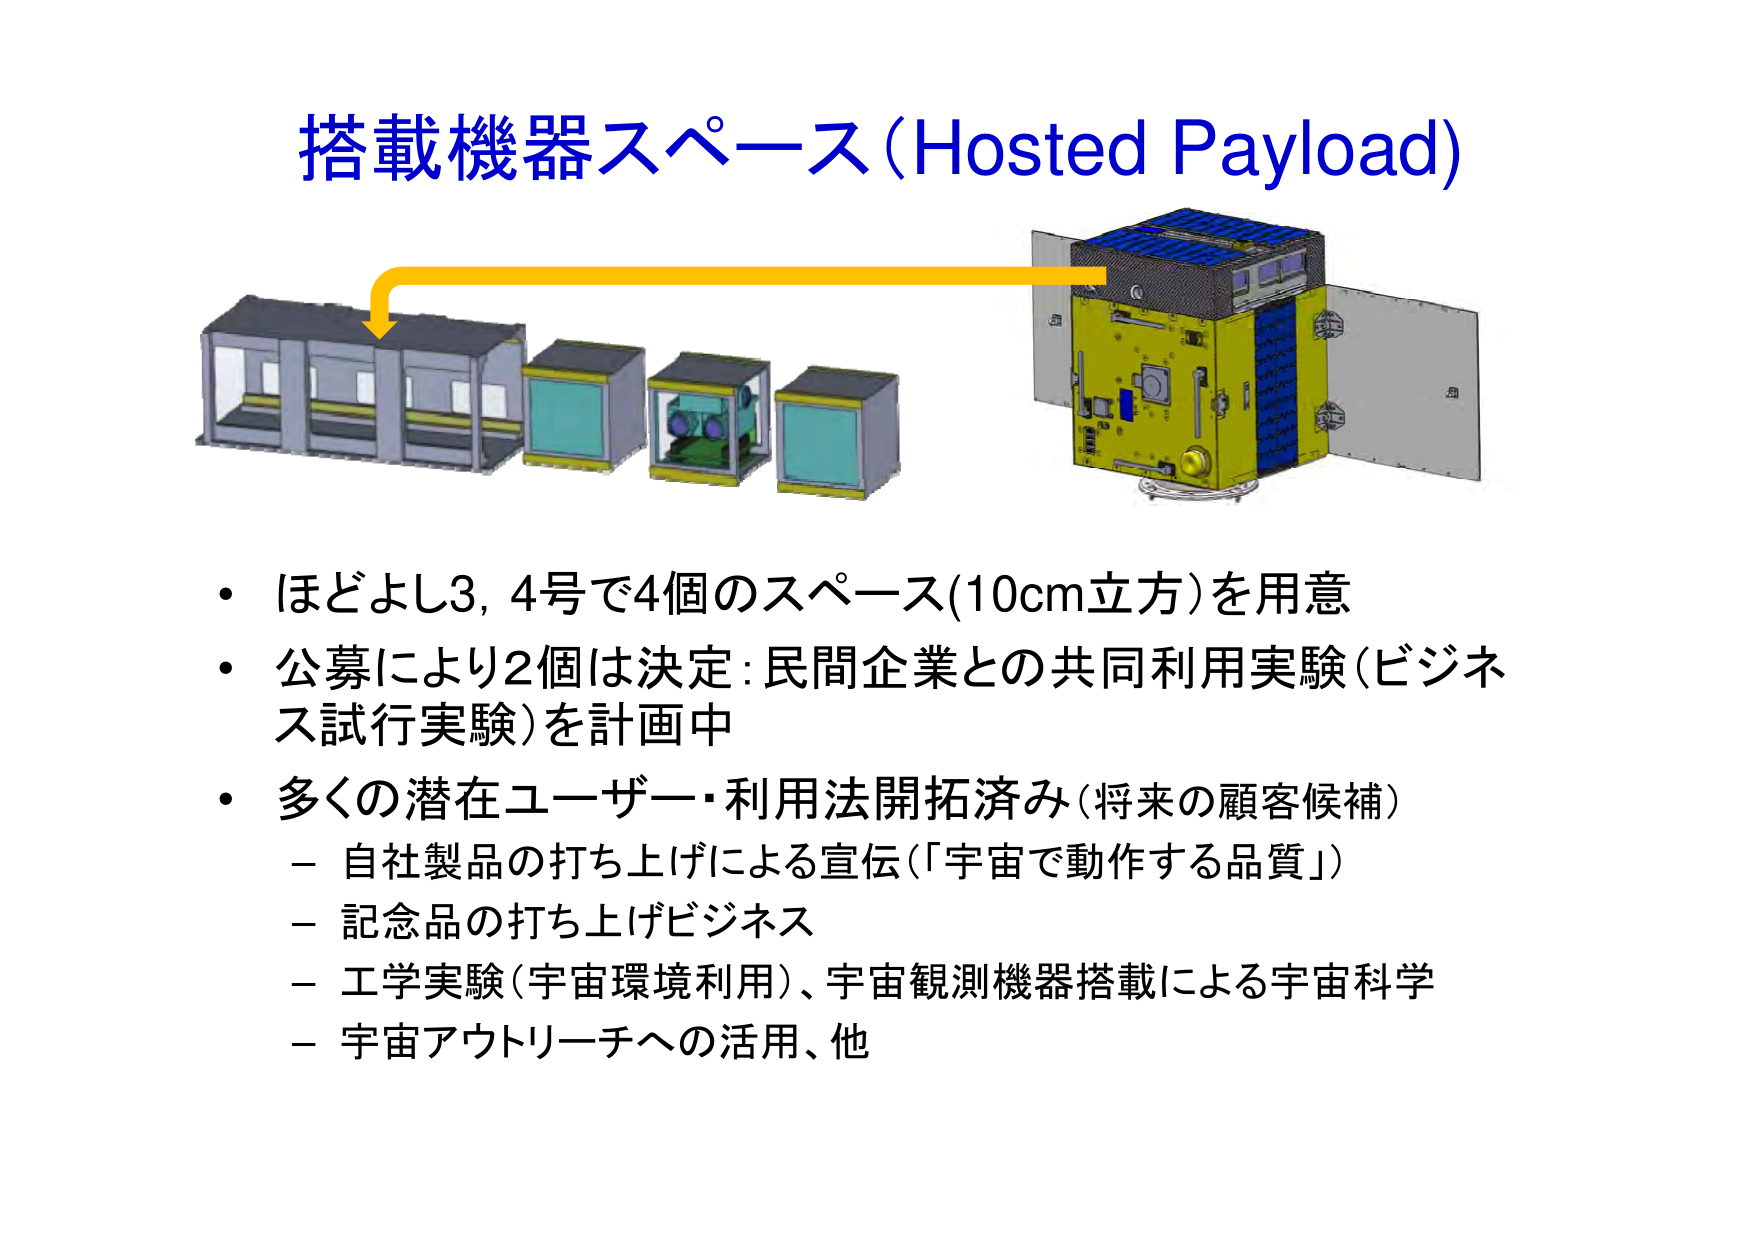
搭載機器スペース (Hosted Payload)

・ほどよし3, 4号で4個のスペース(10cm立方)を用意
・公募により2個は決定:民間企業との共同利用実験(ビジネス試行実験)を計画中
・多くの潜在ユーザー・利用法開拓済み(将来の顧客候補)
　－自社製品の打ち上げによる宣伝(「宇宙で動作する品質」)
　－記念品の打ち上げビジネス
　－工学実験(宇宙環境利用)、宇宙観測機器搭載による宇宙科学
　－宇宙アウトリーチへの活用、他